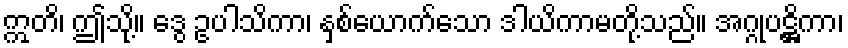
ဣတိ၊ ဤသို့။ ဒွေ ဥပါသိကာ၊ နှစ်ယောက်သော ဒါယိကာမတို့သည်။ အဂ္ဂုပဋ္ဌိကာ၊